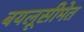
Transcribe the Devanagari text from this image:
बयलूसीमेत